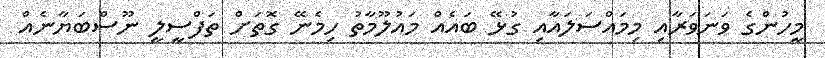
މީހުންގެ ވަނަވަރާއި މިމައްސަލައާއި ގުޅޭ ބައެއް މައުލޫމާތު ހިމެނޭ ގޮތަށް ތަފްސީލީ ނޫސްބަޔާނެއް